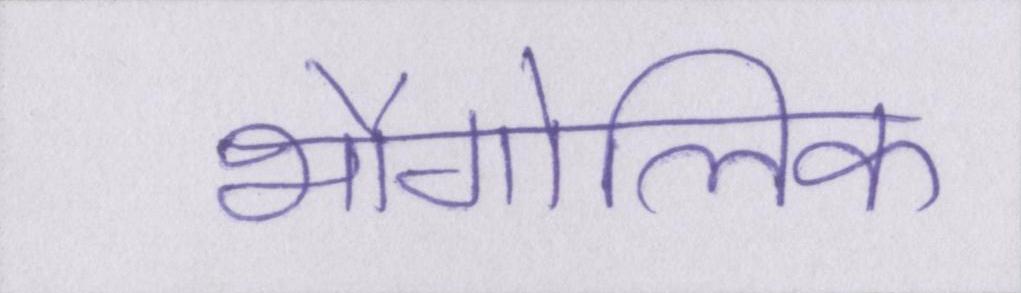
भौगोलिक